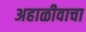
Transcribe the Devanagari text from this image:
अहाळीवाचा